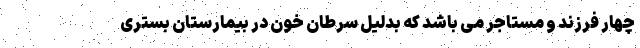
چهار فرزند و مستاجر می باشد که بدلیل سرطان خون در بیمارستان بستری